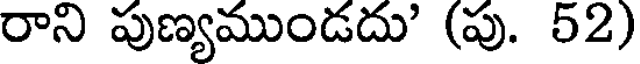
రాని పుణ్యముండదు' (పు. 52)